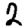
Digit: 2